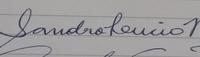
Signature authenticity: genuine